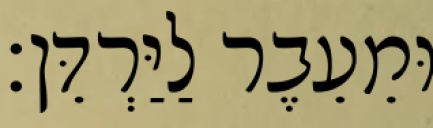
וּמֵעֵבֶר לַיַּרְדֵּן׃